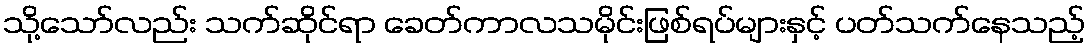
သို့သော်လည်း သက်ဆိုင်ရာ ခေတ်ကာလသမိုင်းဖြစ်ရပ်များနှင့် ပတ်သက်နေသည့်